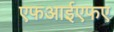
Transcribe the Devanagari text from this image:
एफआईएफए